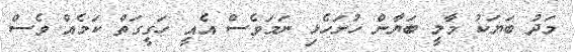
މަދު ބަޔަކު މާލީ ބަޔާން ހުށަހެޅި ނަމަވެސް އެއީ ހަގީގަތް ކަމެއް ވެސް